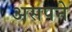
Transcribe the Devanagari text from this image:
असपने